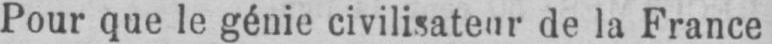
Pour que le génie civilisateur de la France